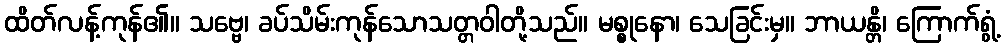
ထိတ်လန့်ကုန်၏။ သဗ္ဗေ၊ ခပ်သိမ်းကုန်သောသတ္တဝါတို့သည်။ မစ္စုနော၊ သေခြင်းမှ။ ဘာယန္တိ၊ ကြောက်ရွံ့